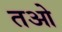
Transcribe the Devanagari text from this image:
तओ